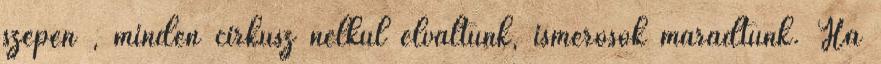
szépen , minden cirkusz nélkül elváltunk, ismerősők maradtunk. Ha